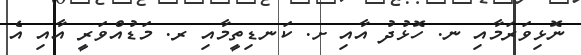
ނޮޅިވަރަމާއި ނ. ހޮޅުދު އާއި ށ. ކަނޑިތީމާއި ރ. މަޑުއްވަރީ އާއި އެ